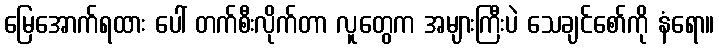
မြေအောက်ရထား ပေါ် တက်စီးလိုက်တာ လူတွေက အများကြီးပဲ သေချင်စော်ကို နံရော။